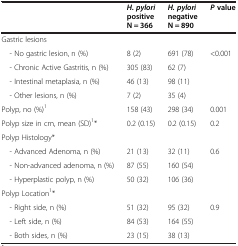
|  | H. pylori positive N = 366 | H. pylori negative N = 890 | P value |
 | --- | --- | --- | --- |
 | Gastric lesions |  |  |  |
 | - No gastric lesion, n (%) | 8 (2) | 691 (78) | <ROWSPAN=4> <0.001 |
 | - Chronic Active Gastritis, n (%) | 305 (83) | 62 (7) |
 | - Intestinal metaplasia, n (%) | 46 (13) | 98 (11) |
 | - Other lesions, n (%) | 7 (2) | 35 (4) |
 | Polyp, no (%)1 | 158 (43) | 298 (34) | 0.001 |
 | Polyp size in cm, mean (SD)1* | 0.2 (0.15) | 0.2 (0.15) | 0.2 |
 | Polyp Histology* |  |  |  |
 | - Advanced Adenoma, n (%) | 21 (13) | 32 (11) | <ROWSPAN=3> 0.6 |
 | - Non-advanced adenoma, n (%) | 87 (55) | 160 (54) |
 | - Hyperplastic polyp, n (%) | 50 (32) | 106 (36) |
 | Polyp Location1* |  |  |  |
 | - Right side, n (%) | 51 (32) | 95 (32) | <ROWSPAN=3> 0.9 |
 | - Left side, n (%) | 84 (53) | 164 (55) |
 | - Both sides, n (%) | 23 (15) | 38 (13) |